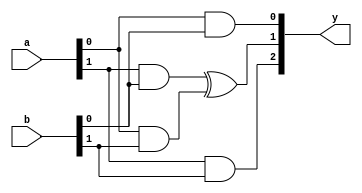
`timescale 1ns / 1ps
//////////////////////////////////////////////////////////////////////////////////
// Company: 
// 
// Design Name: 
// Module Name: CA_2bit
// Project Name: 
// Target Devices: 
// Tool Versions: 
// Description: 
// 
// Dependencies: 
// 
// Revision:
// Revision 0.01 - File Created
// Additional Comments:
// 
//////////////////////////////////////////////////////////////////////////////////


module CA_2bit(
    a,
    b,
    y
    );

input [1:0] a;
input [1:0] b;

output [2:0] y;

assign y[0] = (a[0] & b[0]);

assign y[1] = (a[1] & b[0])^(a[0] & b[1]);

assign y[2] = (a[1] & b[1]);
   
endmodule